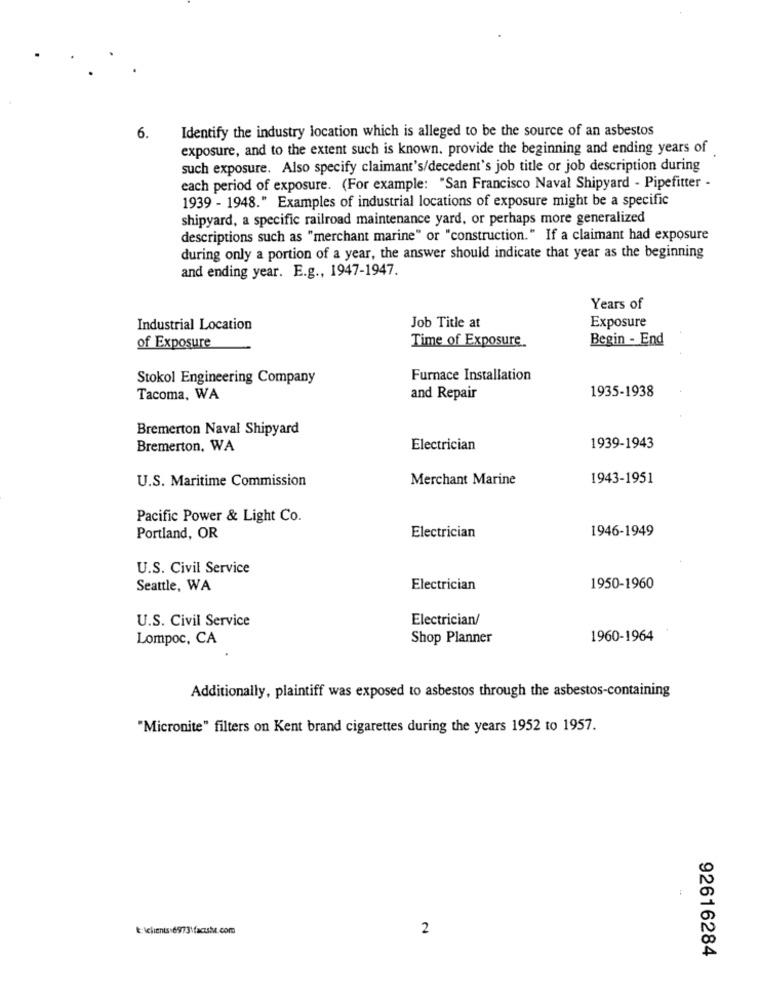
Identify the industry location which is alleged to be the source of an asbestos
6.
exposure, and to the extent such is known. provide the beginning and ending years of
such exposure. Also specify claimant's/decedent's job title or job description during
each period of exposure. (For example: "San Francisco Naval Shipyard - Pipefitter -
1939 - 1948." Examples of industrial locations of exposure might be a specific
shipyard, a specific railroad maintenance yard, or perhaps more generalized
descriptions such as "merchant marine" or "construction." If a claimant had exposure
during only a portion of a year, the answer should indicate that year as the beginning
and ending year. E.g ., 1947-1947.
Years of
Exposure
Industrial Location
Job Title at
Time of Exposure
Begin - End
of Exposure
Stokol Engineering Company
Furnace Installation
1935-1938
Tacoma, WA
and Repair
Bremerton Naval Shipyard
Bremerton, WA
Electrician
1939-1943
U.S. Maritime Commission
Merchant Marine
1943-1951
Pacific Power & Light Co.
1946-1949
Portland, OR
Electrician
U.S. Civil Service
Seattle, WA
Electrician
1950-1960
U.S. Civil Service
Electrician/
Lompoc, CA
Shop Planner
1960-1964
Additionally, plaintiff was exposed to asbestos through the asbestos-containing
"Micronite" filters on Kent brand cigarettes during the years 1952 to 1957.
&: \clients.6973\factshe.com
2
92616284